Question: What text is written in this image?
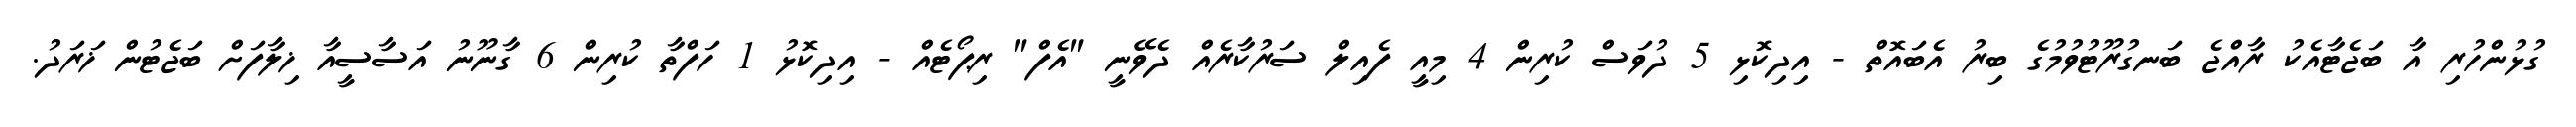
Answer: ގުޅުންހުރި އާ ބަޖެޓާއެކު ރާއްޖެ ބަނގުރޫޓުވުމުގެ ބިރު އެބައޮތް - އިދިކޮޅި 5 ދުވަސް ކުރިން 4 މިއީ ފެއިލް ސަރުކާރެއް ދެވޭނީ "އެފް" ރިޕޯޓެއް - އިދިކޮޅު 1 ހަފްތާ ކުރިން 6 ގާނޫނު އަސާސީއާ ޚިލާފަށް ބަޖެޓުން ޚަރަދު.